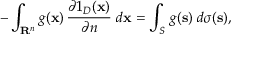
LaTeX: - \int _ { \mathbf { R } ^ { n } } g ( \mathbf { x } ) \, { \frac { \partial 1 _ { D } ( \mathbf { x } ) } { \partial n } } \; d \mathbf { x } = \int _ { S } \, g ( \mathbf { s } ) \; d \sigma ( \mathbf { s } ) ,